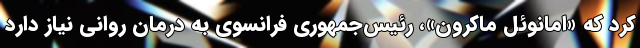
کرد که «امانوئل ماکرون»، رئیس‌جمهوری فرانسوی به درمان روانی نیاز دارد